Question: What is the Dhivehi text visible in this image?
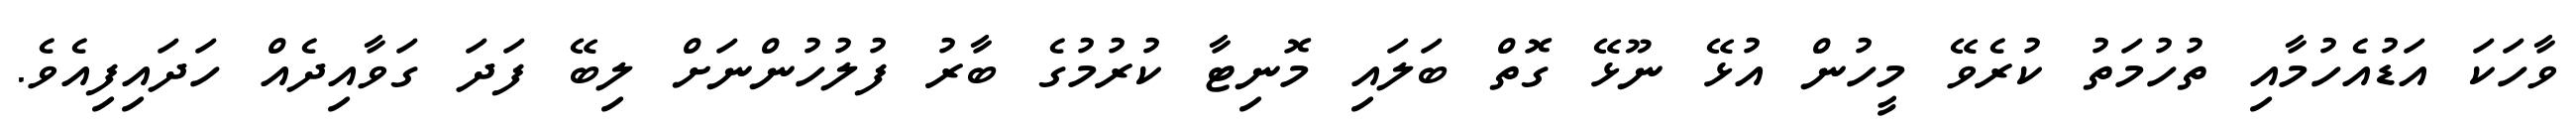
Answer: ވާހަކަ އަޑުއެހުމާއި ތުހުމަތު ކުރެވޭ މީހުން އުޅޭ ނޫޅޭ ގޮތް ބަލައި މޮނިޓާ ކުރުމުގެ ބާރު ފުލުހުންނަށް ލިބޭ ފަދަ ގަވާއިދެއް ހަދައިފިއެވެ.